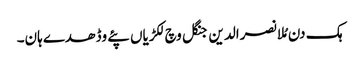
ہک دن مُلا نصرالدین جنگل وچ لکڑیاں پئے وڈھدے ہان۔